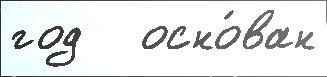
год   осно́ван